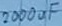
Text: 2000uF